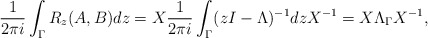
\begin{align*}\dfrac{1}{2 \pi i} \int_{\Gamma} R_z(A, B){d} z = X \dfrac{1}{2 \pi i} \int_{\Gamma} (zI - \Lambda)^{-1} {d} z X^{-1} = X \Lambda_{\Gamma} X^{-1},\end{align*}